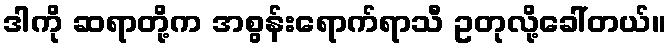
ဒါကို ဆရာတို့က အစွန်းရောက်ရာသီ ဥတုလို့ခေါ်တယ်။